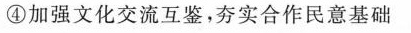
④加强文化交流互鉴，夯实合作民意基础